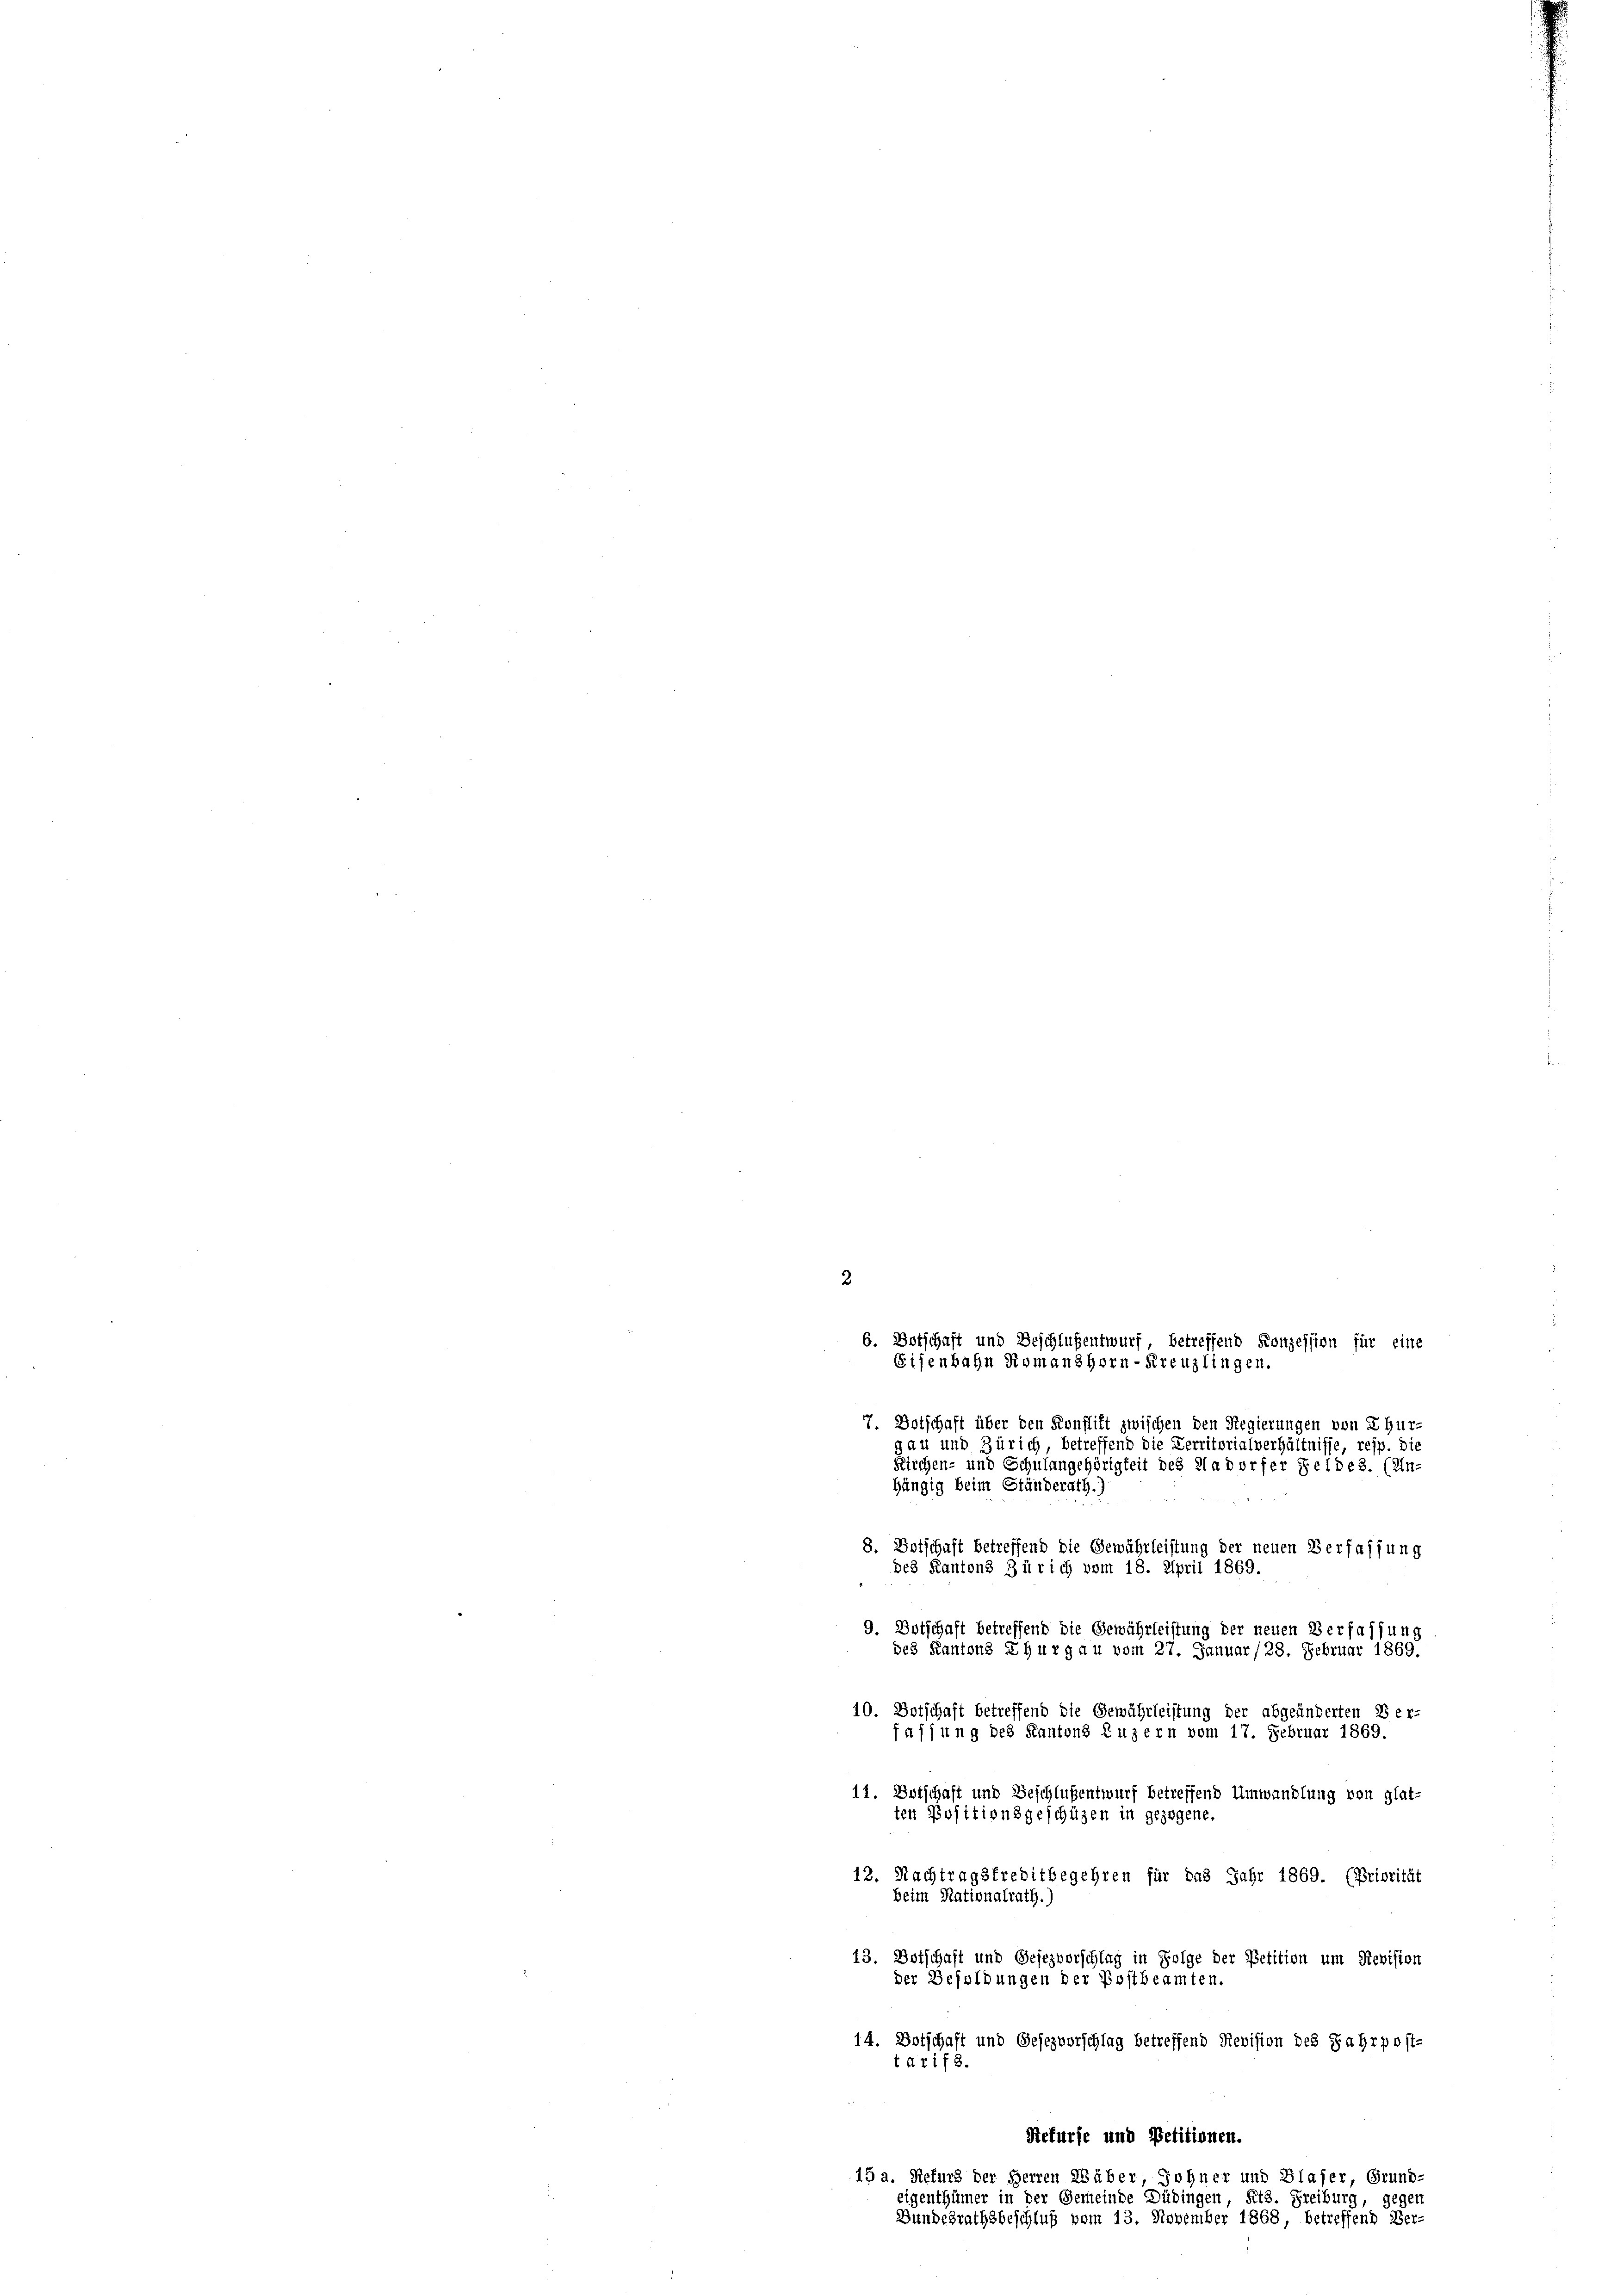
2.

des Kantons Zürich vom 18. 2

6. Botschaft und Beschlußentwurf, betreffend Konzession für eine
7. Botschaft über den Konflikt zwischen den Regierungen von Chur-
gau und Zürich, betreffend die Verritorialverhältnisse, resp. die
Kirchen- und Schulangehörigkeit des 21 a Dorfer Feldes. (Un-
hängig beim Ständerath.)
8. Botschaft betreffend die Gewährleistung der neuen Verfassung
ril 1869
9. Botschaft betreffend die Gewährleistung der neuen Verfassung
des Kantons Thurgau vom 27. Januar (28. Februar 1869.
10. Botschaft betreffend die Gewährleistung der abgeänderten Ber-
fajjung des Kantons Luzern vom 17. Februar 1869
11. Botschaft und Beschlußentwurf betreffend Umwandlung von glat-
ten Positionsgeschüzen in gezogene.
12. Nachtragsfreditbegehren für das Jahr 1869. (Priorität
beim Nationalrath.)
13. Dotschaft und Gesezvorschlag in Folge der Petition um Revision
der Besoldungen der Postbeamten.
14. Botschaft und Gesezvorschlag betreffend Revision des Jahrpost-
tarif 3.
Sefurse und Petitionen.
15 a. Refurs der Herren Wäber, Johner und Blaser, Grund-
eigenthümer in der Gemeinde Dübingen, Kts. Freiburg, gegen
Bundesrathsbeschluß vom 13. November 1868, betreffend Ver-

Eisenbahn Romanshorn-Kreuzlingen.